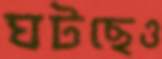
ঘটছেও